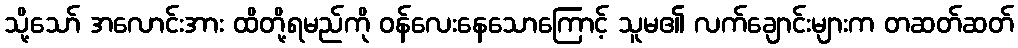
သို့သော် အလောင်းအား ထိတို့ရမည်ကို ဝန်လေးနေသောကြောင့် သူမ၏ လက်ချောင်းများက တဆတ်ဆတ်